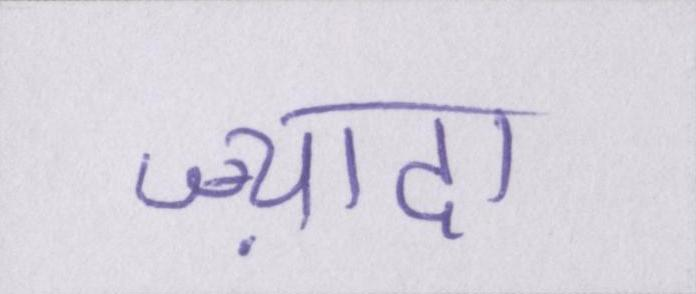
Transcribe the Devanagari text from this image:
ज़्यादा